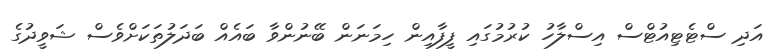
އަދި ސްޓެޓިއުޓްސް އިސްލާހު ކުރުމުގައި ފީފާއިން ހިމަނަން ބޭނުންވާ ބައެއް ބަދަލުތަކަށްވެސް ޝަވީދުގެ